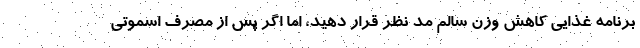
برنامه غذایی کاهش وزن سالم مد نظر قرار دهید، اما اگر پس از مصرف اسموتی